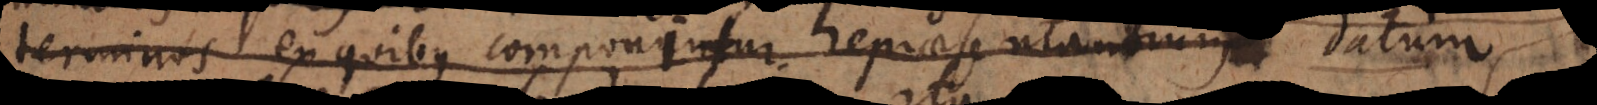
terminos ex quibus componitur repraesentantium m